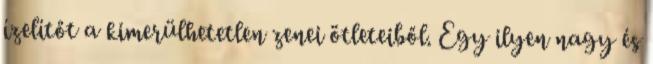
ízelítőt a kimerülhetetlen zenei ötleteiből. Egy ilyen nagy és